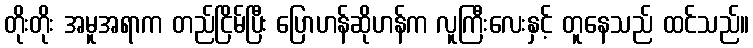
တိုးတိုး အမူအရာက တည်ငြိမ်ပြီး ပြောဟန်ဆိုဟန်က လူကြီးလေးနှင့် တူနေသည် ထင်သည်။